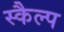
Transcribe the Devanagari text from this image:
स्कैल्प